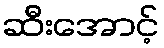
ဆီးအောင့်